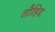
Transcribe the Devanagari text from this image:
तौहिद